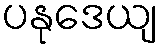
ပနုဒေယျ